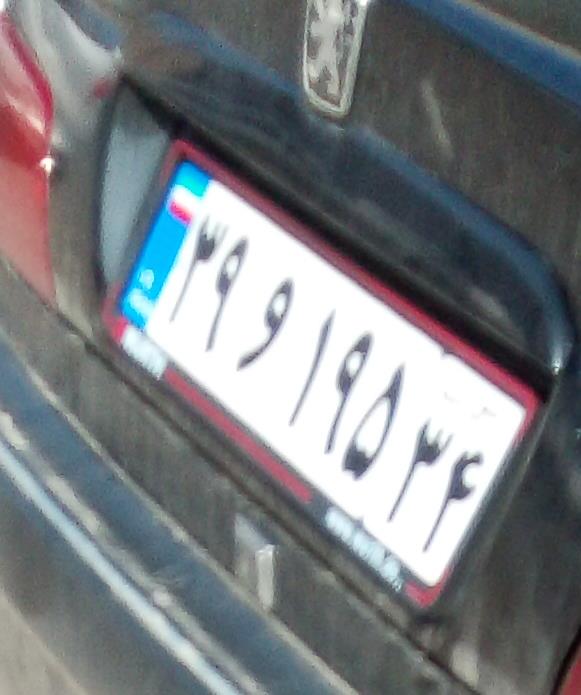
۲۹و۱۹۵۳۴